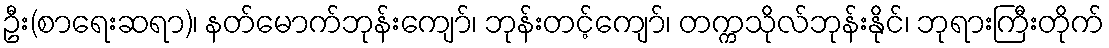
ဦး(စာရေးဆရာ)၊ နတ်မောက်ဘုန်းကျော်၊ ဘုန်းတင့်ကျော်၊ တက္ကသိုလ်ဘုန်းနိုင်၊ ဘုရားကြီးတိုက်